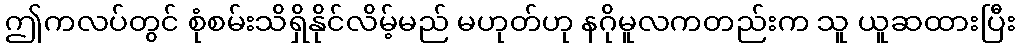
ဤကလပ်တွင် စုံစမ်းသိရှိနိုင်လိမ့်မည် မဟုတ်ဟု နဂိုမူလကတည်းက သူ ယူဆထားပြီး